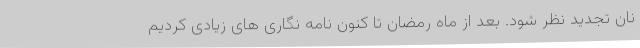
نان تجدید نظر شود. بعد از ماه رمضان تا کنون نامه نگاری های زیادی کردیم